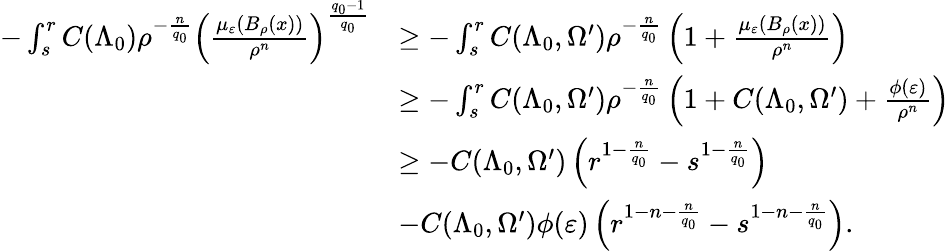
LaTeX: \begin{array}{rl}{-\int_{s}^{r}C(\Lambda_{0})\rho^{-\frac{n}{q_{0}}}\left(\frac{\mu_{\varepsilon}(B_{\rho}(x))}{\rho^{n}}\right)^{\frac{q_{0}-1}{q_{0}}}}&{\geq-\int_{s}^{r}C(\Lambda_{0},\Omega^{\prime})\rho^{-\frac{n}{q_{0}}}\left(1+\frac{\mu_{\varepsilon}(B_{\rho}(x))}{\rho^{n}}\right)}\\ &{\geq-\int_{s}^{r}C(\Lambda_{0},\Omega^{\prime})\rho^{-\frac{n}{q_{0}}}\left(1+C(\Lambda_{0},\Omega^{\prime})+\frac{\phi(\varepsilon)}{\rho^{n}}\right)}\\ &{\geq-C(\Lambda_{0},\Omega^{\prime})\left(r^{1-\frac{n}{q_{0}}}-s^{1-\frac{n}{q_{0}}}\right)}\\ &{-C(\Lambda_{0},\Omega^{\prime})\phi(\varepsilon)\left(r^{1-n-\frac{n}{q_{0}}}-s^{1-n-\frac{n}{q_{0}}}\right).}\end{array}